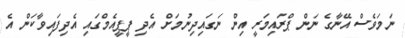
ނަމަވެސް އޭނާގެ ނަން ޕްރައިމަރީ އިން ނަގައިދިނުމަށް އެދި ޕީޕީއެމްގައި އެދިފައިވާކަން އެ